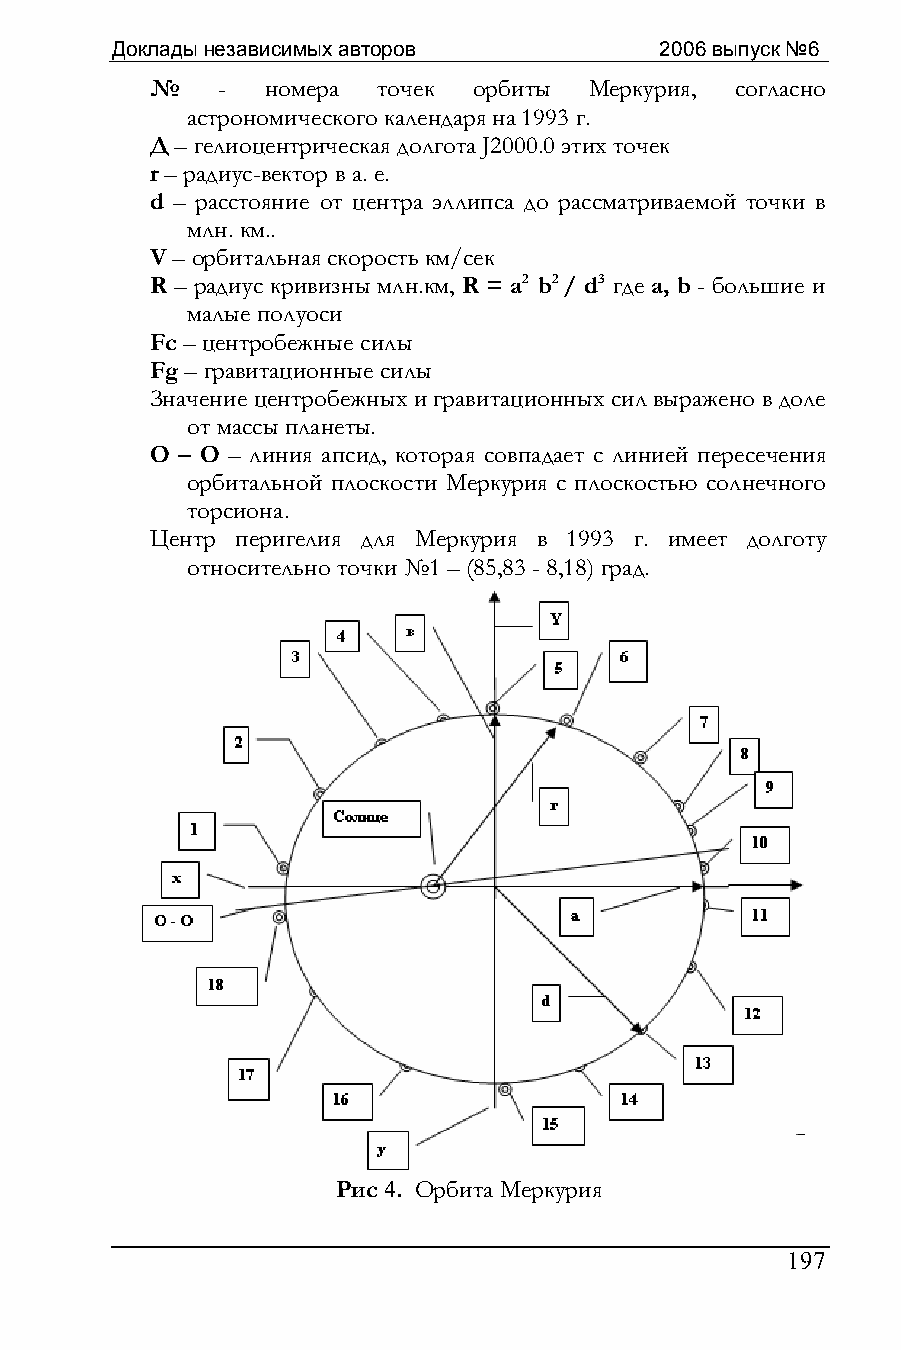
Доклады независимых авторов          2006 выпуск №6
 №   -  номера  точек орбиты  Меркурия, согласно
 астрономического календаря на 1993 г.
 Д – гелиоцентрическая долгота J2000.0 этих точек
 r – радиус-вектор в а. е.
 d – расстояние от центра эллипса до рассматриваемой точки в
 млн. км..
 V – орбитальная скорость км/сек
 R – радиус кривизны млн.км, R = a2 b2 / d3 где а, b - большие и
 малые полуоси
 Fc – центробежные силы
 Fg – гравитационные силы
 Значение центробежных и гравитационных сил выражено в доле
 от массы планеты.
 О – О – линия апсид, которая совпадает с линией пересечения
 орбитальной плоскости Меркурия с плоскостью солнечного
 торсиона.
 Центр перигелия для Меркурия в 1993 г. имеет долготу
 относительно точки №1 – (85,83 - 8,18) град.
 Рис 4. Орбита Меркурия
 197